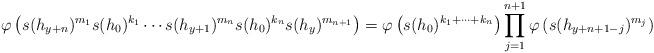
LaTeX: \begin{align*}\varphi\left(s(h_{y+n})^{m_{1}} s(h_0)^{k_1} \cdots s(h_{y+1})^{m_{n}} s(h_0)^{k_n} s(h_{y})^{m_{n+1}}\right) = \varphi\left(s(h_0)^{k_1 + \cdots + k_n}\right) \prod^{n+1}_{j=1} \varphi\left(s(h_{y+n+1-j})^{m_j} \right)\end{align*}